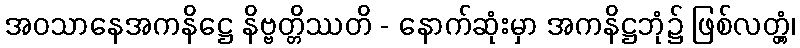
အဝသာနေအကနိဋ္ဌေ နိဗ္ဗတ္တိဿတိ - နောက်ဆုံးမှာ အကနိဋ္ဌဘုံ၌ ဖြစ်လတ္တံ့၊